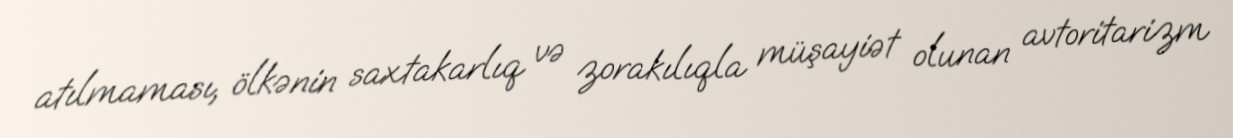
atılmaması, ölkənin saxtakarlıq və zorakılıqla müşayiət olunan avtoritarizm